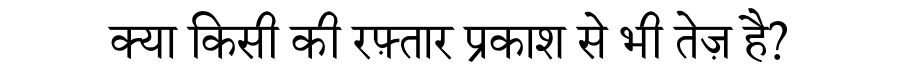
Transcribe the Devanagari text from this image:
क्या किसी की रफ़्तार प्रकाश से भी तेज़ है?